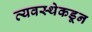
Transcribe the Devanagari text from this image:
व्यवस्थेकडून